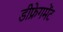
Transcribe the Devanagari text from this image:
डीफ्रेगमेंट